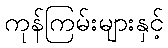
ကုန်ကြမ်းများနှင့်